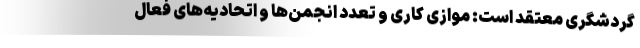
گردشگری معتقد است: موازی کاری‌ و تعدد انجمن‌ها و اتحادیه‌های فعال